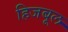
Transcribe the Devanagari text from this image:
हिजबूल